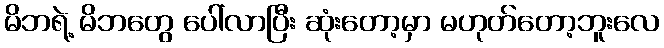
မိဘရဲ့ မိဘတွေ ပေါ်လာပြီး ဆုံးတော့မှာ မဟုတ်တော့ဘူးလေ